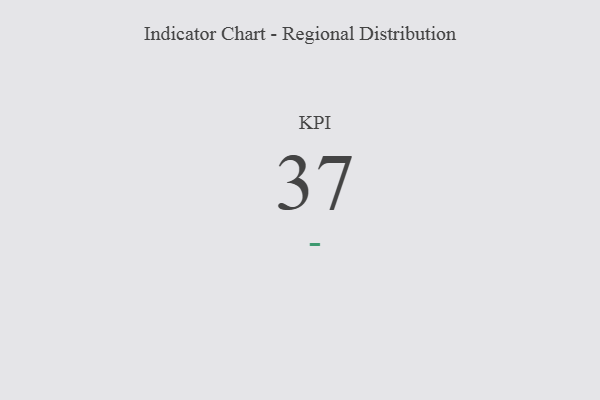
{"axis": {"x": "KPI", "y": "Value"}, "legend": [""], "data": [{"x": "KPI", "y": 37, "type": ""}]}